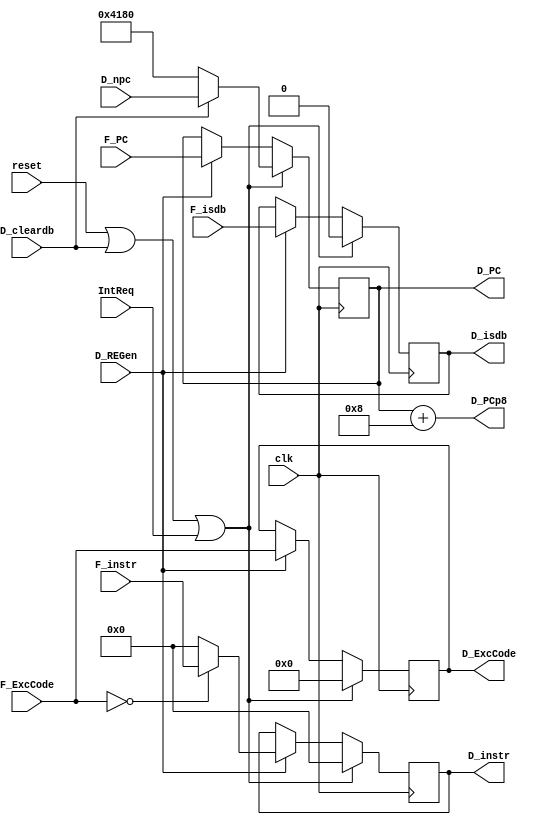
module D_REG(
    input clk,
    input reset,
    input D_cleardb,
    input D_REGen,
    input IntReq,
    input [31:0] F_PC,
    input [31:0] F_instr,
    input [31:0] D_npc,
    input [4:0] F_ExcCode,
    input F_isdb,
    output reg [31:0] D_PC,
    output [31:0] D_PCp8,
    output reg [4:0] D_ExcCode,
    output reg [31:0] D_instr,
    output reg D_isdb);

	assign D_PCp8 = D_PC + 32'h8;

    always @(posedge clk) begin
        if (reset|D_cleardb|IntReq) begin
            D_PC <= D_cleardb ? D_npc : (IntReq : 32'h00004180 : 32'h0);
            D_instr <= 32'h0;
            D_ExcCode <= 5'h0;
            D_isdb <= 1'b0;
        end
        else begin
            if (D_REGen) begin
                // if (F_PC == 32'h00003684) D_PC <= D_instr;
				// else if (F_PC == 32'h0000368c | F_PC == 32'h00003688) D_PC <= D_PC + (F_isdb ? 4 : 0);
                // else D_PC <= F_PC;
				D_PC <= F_PC;
                D_instr <= (F_ExcCode == 5'h0) ? F_instr : 32'h0;
                D_ExcCode <= F_ExcCode;
                D_isdb <= F_isdb;
            end
            else begin
                D_PC <= D_PC;
                D_instr <= D_instr;
                D_ExcCode <= D_ExcCode;
                D_isdb <= D_isdb;
            end
            
        end
    end

endmodule